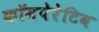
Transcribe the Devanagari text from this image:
कॉमपेरेटिव